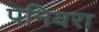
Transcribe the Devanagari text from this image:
पनियरा